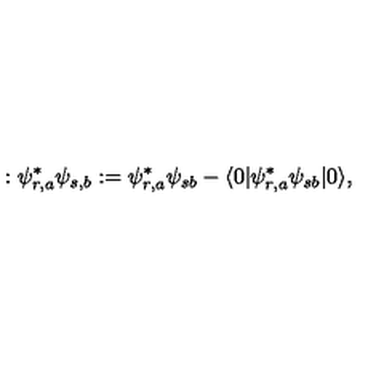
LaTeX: : \psi _ { r , a } ^ { * } \psi _ { s , b } : = \psi _ { r , a } ^ { * } \psi _ { s b } - \langle 0 | \psi _ { r , a } ^ { * } \psi _ { s b } | 0 \rangle ,